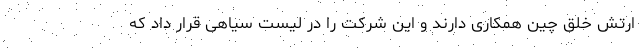
ارتش خلق چین همکاری دارند و این شرکت را در لیست سیاهی قرار داد که